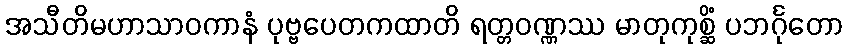
အသီတိမဟာသာဝကာနံ ပုဗ္ဗပေတကထာတိ ရတ္တဝဏ္ဏဿ မာတုကုစ္ဆိံ ပဘင်္ဂုတော